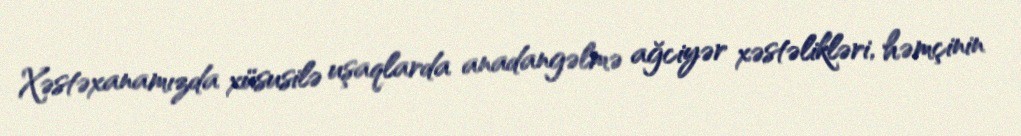
Xəstəxanamızda xüsusilə uşaqlarda anadangəlmə ağciyər xəstəlikləri, həmçinin